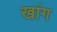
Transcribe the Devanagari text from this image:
खांग